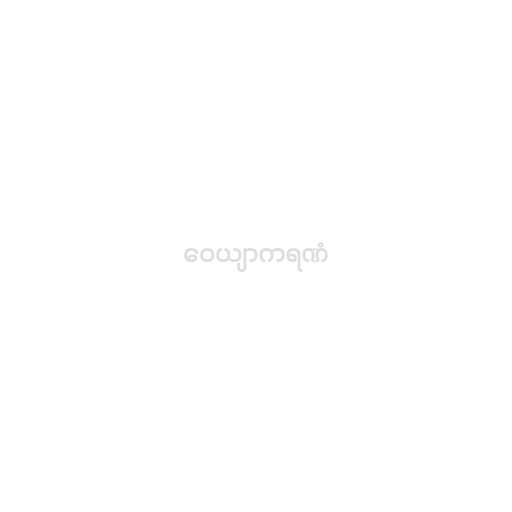
ဝေယျာကရဏံ